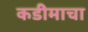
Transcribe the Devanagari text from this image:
कडीमाचा